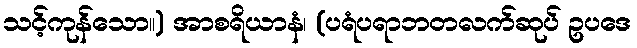
သင့်ကုန်သော။) အာစရိယာနံ၊ (ပရံပရာဘတလက်ဆုပ် ဥပဒေ